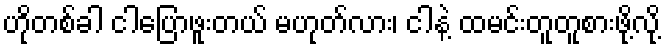
ဟိုတစ်ခါ ငါပြောဖူးတယ် မဟုတ်လား၊ ငါနဲ့ ထမင်းတူတူစားဖို့လို့